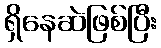
ရှိနေဆဲဖြစ်ပြီး